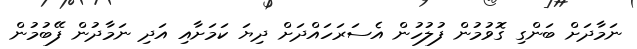
ނަމާދަށް ބަންގި ގޮވުމުން ފުލުހުން އެސަރަހައްދަށް ދިޔަ ކަމަށާއި އަދި ނަމާދުން ފޭބުމުން